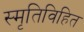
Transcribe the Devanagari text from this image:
स्मृतिविहित